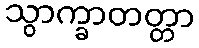
သွာက္ခာတတ္တာ